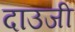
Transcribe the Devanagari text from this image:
दाउजी